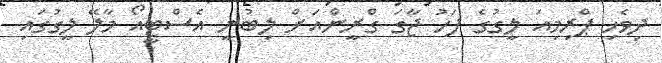
ދިވެހި ޕްރިމިއަ ލީގުގެ ފަހު ޖާގަ ގްރީންއަށް ލިބުނީ އެސްޓީއޯ މާލޭ ލީގުގައި